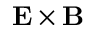
{ \mathbf { { E } } } \times { \mathbf { { B } } }